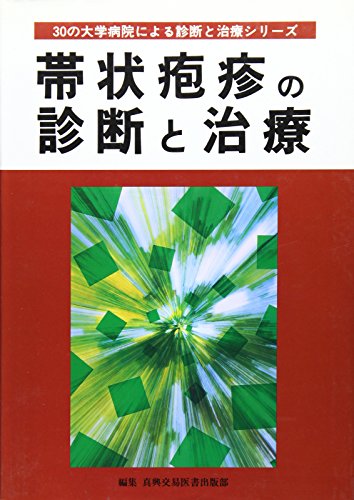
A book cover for (Diagnosis and treatment series by University Hospital of 30) diagnosis and treatment of herpes zoster (1998) ISBN: 4880034649 [Japanese Import]; ShinkoÃE"KoÃE"ki Kabushiki Kaisha. Isho Shuppanbu..l; Health, Fitness & Dieting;